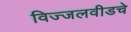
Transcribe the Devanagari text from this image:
विज्जलवीडचे